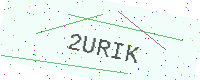
Text: 2URIK